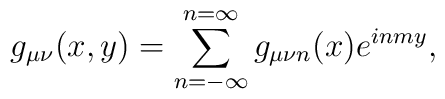
g_{\mu\nu}(x,y)= \sum_{n=-\infty}^{n=\infty} g_{\mu\nu n}(x)e^{inmy},